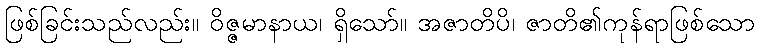
ဖြစ်ခြင်းသည်လည်း။ ဝိဇ္ဇမာနာယ၊ ရှိသော်။ အဇာတိပိ၊ ဇာတိ၏ကုန်ရာဖြစ်သော